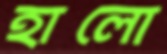
হালো